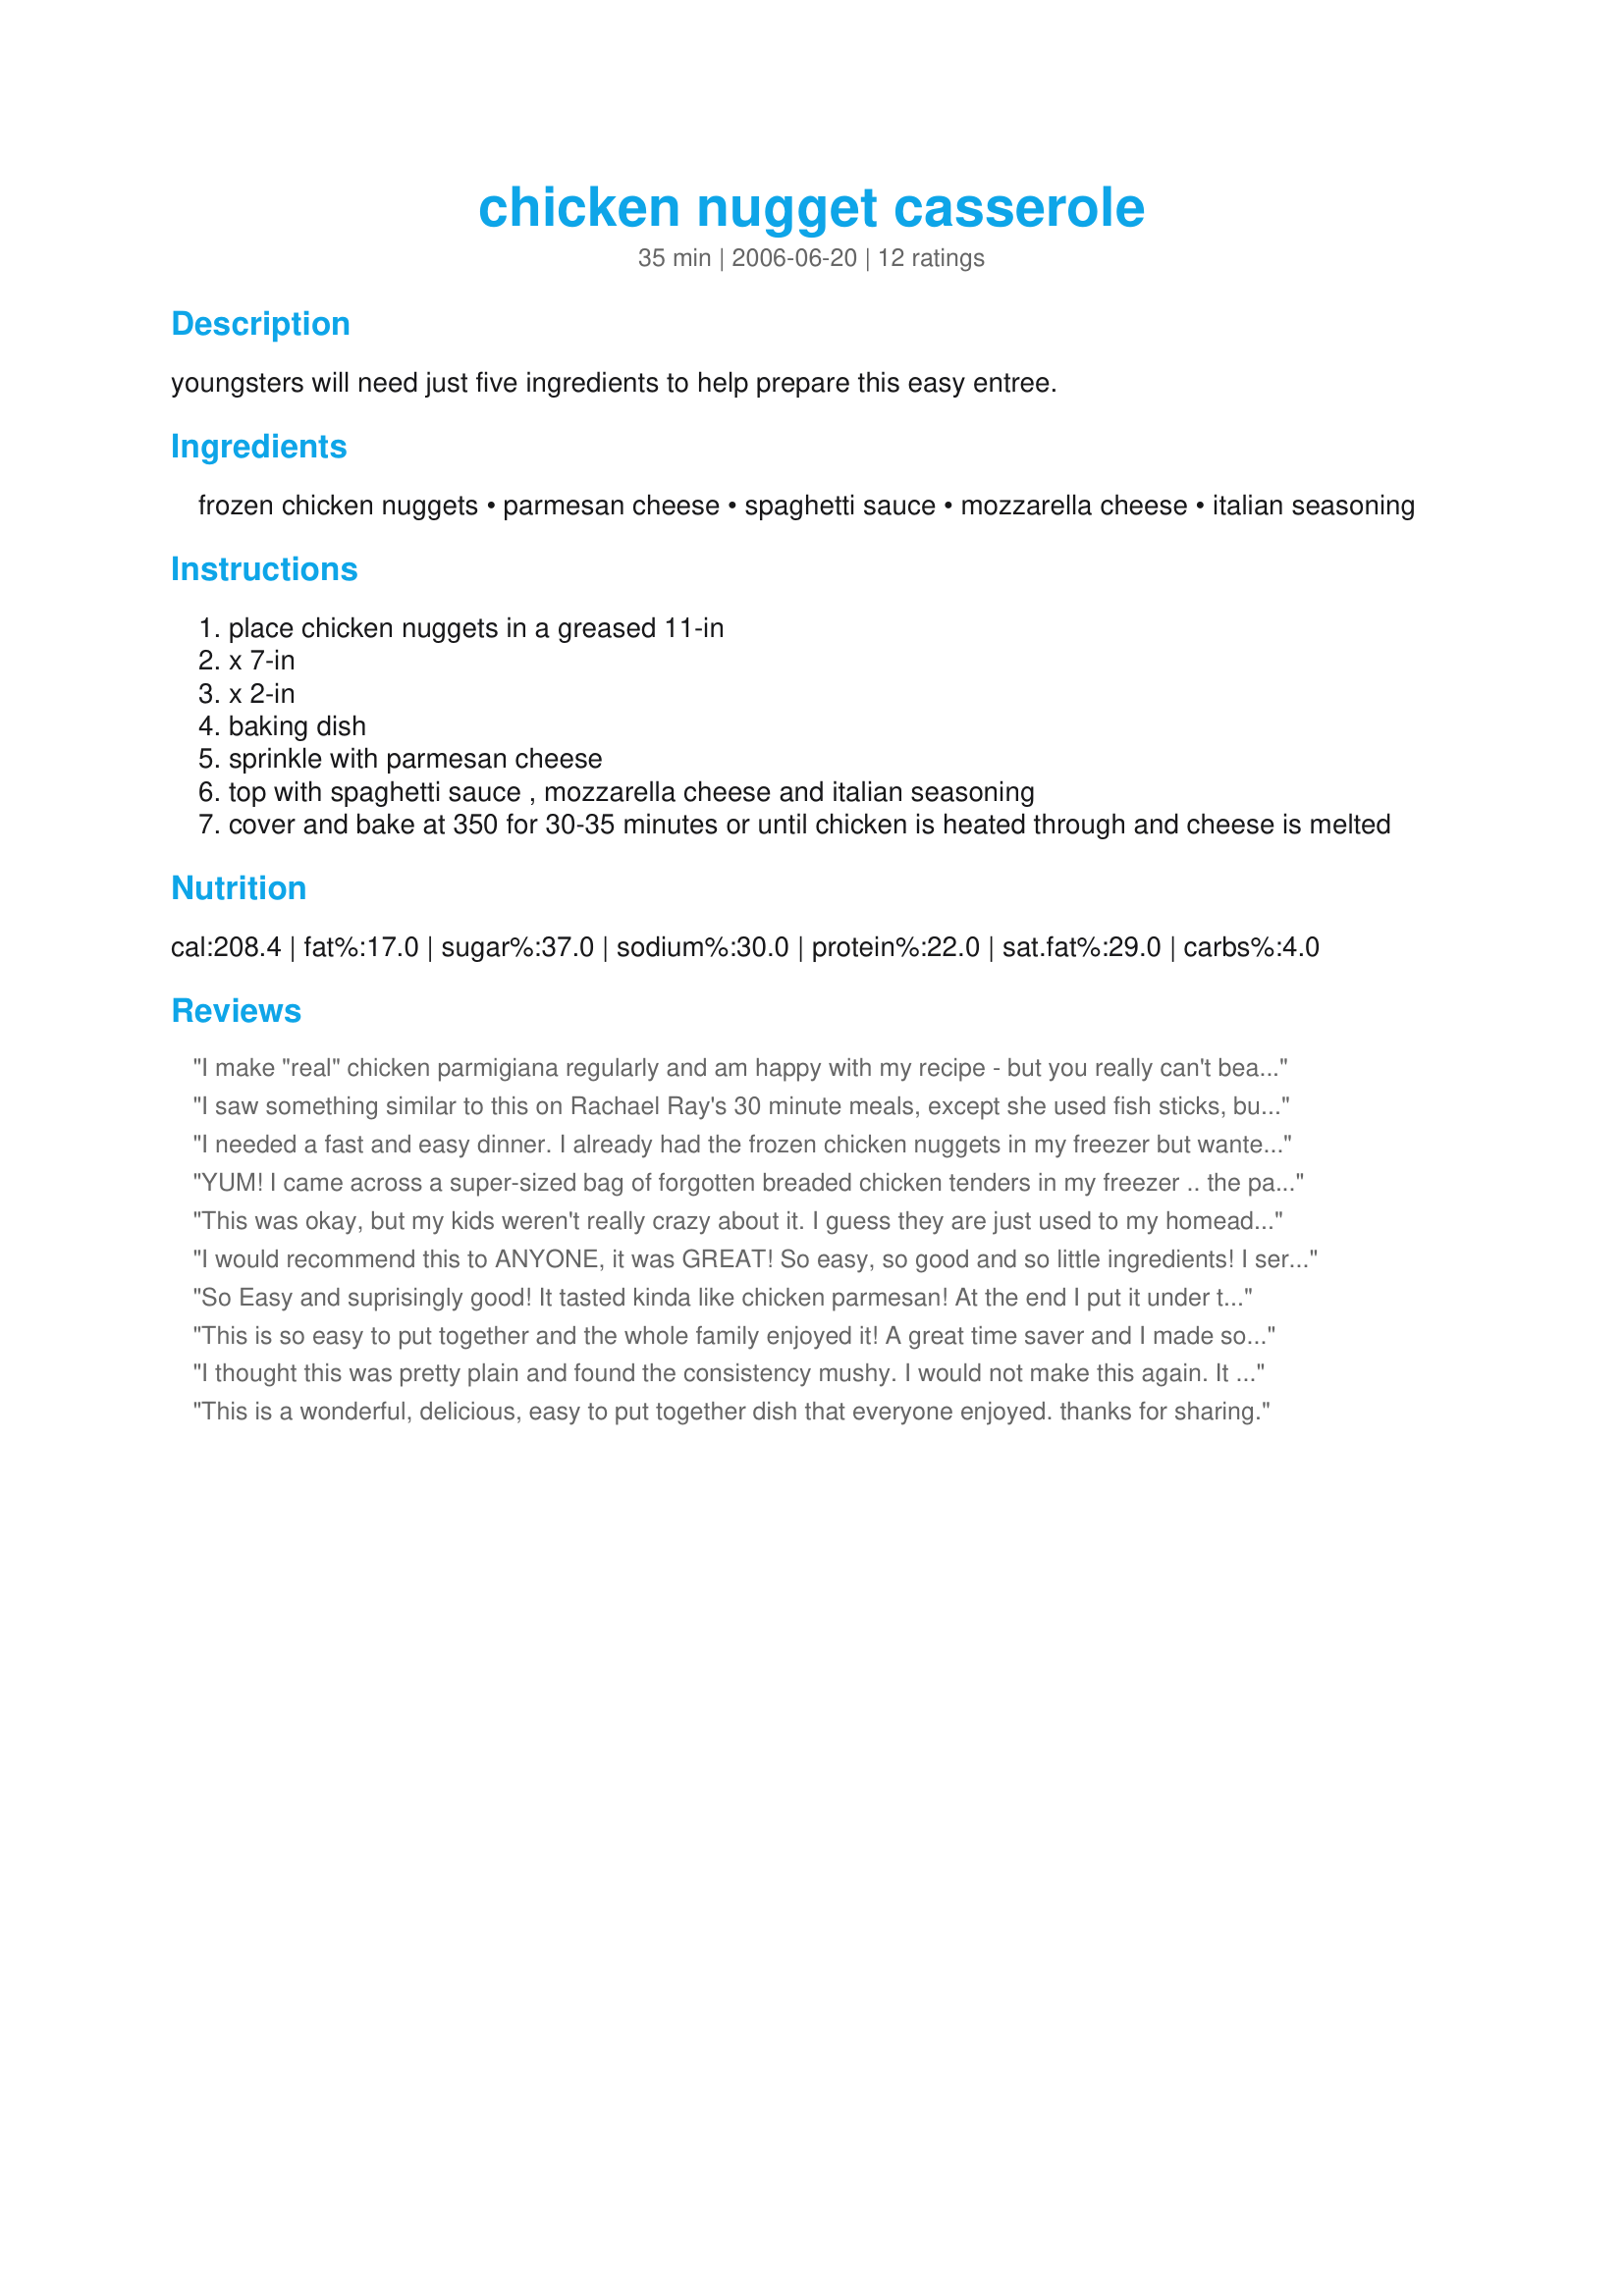
chicken nugget casserole
Preparation time: 35 minutes

youngsters will need just five ingredients to help prepare this easy entree.

Ingredients:
frozen chicken nuggets, parmesan cheese, spaghetti sauce, mozzarella cheese, italian seasoning

Steps:
place chicken nuggets in a greased 11-in
x 7-in
x 2-in
baking dish
sprinkle with parmesan cheese
top with spaghetti sauce , mozzarella cheese and italian seasoning
cover and bake at 350 for 30-35 minutes or until chicken is heated through and cheese is melted

Reviews:
I make "real" chicken parmigiana regularly and am happy with my recipe - but you really can't beat this for a quick, easy meal. This is something the kids can throw together that actually tastes delicious! My son likes to use 2 cans of sauce so he can serve this over spaghetti - cheap, filling and yummy, perfect for potlucks or a houseful of teenagers. Thanks for sharing! Update: We've found that battered chicken, instead of breaded, is how we prefer this dish. We also like to add an extra can of sauce and serve with spaghetti. Still making this on a regular basis!
I saw something similar to this on Rachael Ray's 30 minute meals, except she used fish sticks, but my hubby doesn't like fish. The next day I found THIS recipe; exactly what I was looking for! I made this for my husband tonight; we always have chicken nuggets from Costco in our freezer. This took FIVE minutes to put together! He liked it a lot & it made a really nice presentation, too. I baked mine at 375, but my oven is a bit slow so I upped the temperature to be sure it would be done in time. I used low fat cheese, too. Thanks so much for sharing this!!
I needed a fast and easy dinner. I already had the frozen chicken nuggets in my freezer but wanted something different to do with them. This was awesome!!! My family loved it and what a great change! So easy and fast to prepare.
faith2m93b
YUM! I came across a super-sized bag of forgotten breaded chicken tenders in my freezer .. the package had this recipe written ALL OVER IT! [not literally ;o) ] I used a jar of store-brand 3-cheese pasta sauce as well as "pizza blend" and "italian blend" shredded cheese. In addition to the Italian seasoning, I sprinkled a bit of Mrs. Dash's Tomato/Basil/Garlic and Onion and Herb. I stuck it under the broiler for the last handful of minutes and served with garlicky buttered pasta. I'll be out to the store for rolls to make faux chicken-parm sandwiches with the leftovers! Thanks for such an easy, no-brainer delish dish!
This was okay, but my kids weren't really crazy about it. I guess they are just used to my homeade chicken parmigiana. Too bad because it was very easy :(
I would recommend this to ANYONE, it was GREAT! So easy, so good and so little ingredients! I served it over wheat pasta and was very pleased i decided to give it a try! I will absolutely make this again! Thanks :)
So Easy and suprisingly good! It tasted kinda like chicken parmesan! At the end I put it under the broiler until the cheese on top started bubbling.
This is so easy to put together and the whole family enjoyed it! A great time saver and I made so much that DH was able to take some for lunch two days in a row. Thanks for posting!
I thought this was pretty plain and found the consistency mushy. I would not make this again. It didn't taste bad, but it was not to my liking.
This is a wonderful, delicious, easy to put together dish that everyone enjoyed. thanks for sharing.
This was a GREAT and easy dinner. I love it so much....especially the chicken nugget part. I will make this over and over again and not get tired of it. Thank you for posting this delicious recipe.
I gave this 4 stars. My family liked this dish. We served this like chicken parmesan over spaghetti. I did layer my casserole a little different. I first used a 13x9-inch baking pan as that's the biggest I have near a 11-inch. I layered my chicken nuggets (used Tyson), poured some spaghetti sauce over top (I used a 26oz can of Tops plain sauce), then sprinkled 1/2 cup parmesan on top as I thought it just needed more parmesan, then topped with remaining sauce, sprinkled with mozzarella and sprinkled with the italian seasoning. I baked this casserole for 25 minutes which seemed to be plenty of time. Overall I think I will make this again for sure. Thanks for posting christine
